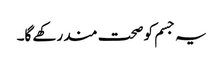
یہ جسم کو صحت مند رکھے گا۔